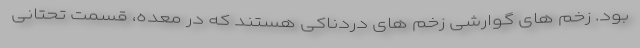
بود. زخم های گوارشی زخم های دردناکی هستند که در معده، قسمت تحتانی